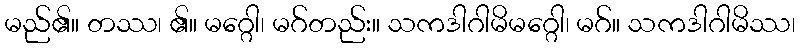
မည်၏။ တဿ၊ ၏။ မဂ္ဂေါ၊ မဂ်တည်း။ သကဒါဂါမိမဂ္ဂေါ၊ မဂ်။ သကဒါဂါမိဿ၊